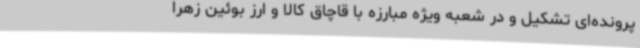
پرونده‌ای تشکیل و در شعبه ویژه مبارزه با قاچاق کالا و ارز بوئین زهرا